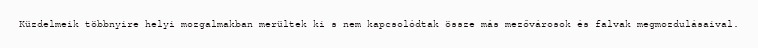
Küzdelmeik többnyire helyi mozgalmakban merültek ki s nem kapcsolódtak össze más mezővárosok és falvak megmozdulásaival.